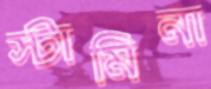
স্টামিনা